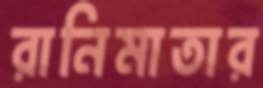
রানিমাতার